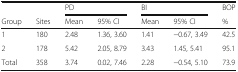
<table><thead><tr><td></td><td></td><td colspan="2"><b>PD</b></td><td colspan="2"><b>BI</b></td><td><b>BOP</b></td></tr><tr><td><b>Group</b></td><td><b>Sites</b></td><td><b>Mean</b></td><td><b>95% CI</b></td><td><b>Mean</b></td><td><b>95% CI</b></td><td><b>%</b></td></tr></thead><tbody><tr><td>1</td><td>180</td><td>2.48</td><td>1.36, 3.60</td><td>1.41</td><td>−0.67, 3.49</td><td>42.5</td></tr><tr><td>2</td><td>178</td><td>5.42</td><td>2.05, 8.79</td><td>3.43</td><td>1.45, 5.41</td><td>95.1</td></tr><tr><td>Total</td><td>358</td><td>3.74</td><td>0.02, 7.46</td><td>2.28</td><td>−0.54, 5.10</td><td>73.9</td></tr></tbody></table>